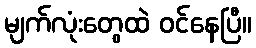
မျက်လုံးတွေထဲ ဝင်နေပြီ။